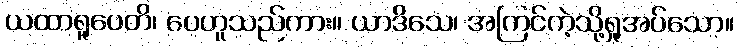
ယထာရူပေတိ၊ ပေဟူသည်ကား။ ယာဒိသေ၊ အကြင်ကဲ့သို့ရှုအပ်သော။